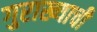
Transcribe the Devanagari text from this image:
गुराख्याची